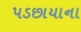
પડછાયાના